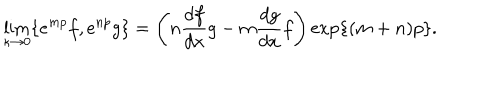
LaTeX: \lim _ { \kappa \to 0 } \{ e ^ { m p } f , e ^ { n p } g \} = \Bigg ( n \frac { d f } { d x } g - m \frac { d g } { d x } f \Bigg ) \exp \{ ( m + n ) p \} .